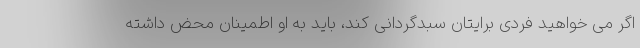
اگر می خواهید فردی برایتان سبدگردانی کند، باید به او اطمینان محض داشته